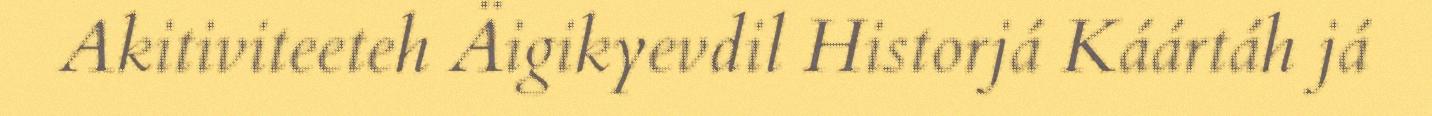
Akitiviteeteh Äigikyevdil Historjá Káártáh já